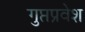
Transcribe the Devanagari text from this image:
गुप्तप्रवेश